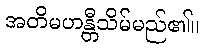
အတိမဟန္တီသိမ်မည်၏။